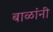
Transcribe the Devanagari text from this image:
बाळांनी